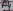
Text: D8